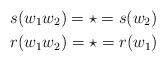
LaTeX: \begin{align*}&s(w_1w_2)= \star = s(w_2)\\&r(w_1w_2)= \star = r(w_1) \end{align*}